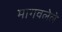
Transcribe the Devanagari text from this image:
मागवलेले